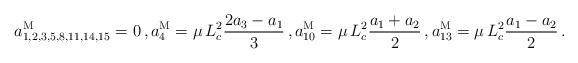
LaTeX: \begin{align*}a^{\rm M}_{1,2,3,5,8,11,14,15} &= 0 \, ,a^{\rm M}_{4} = \mu \, L_c^2 \frac{2a_3-a_1}{3} \, ,a^{\rm M}_{10} = \mu \, L_c^2 \frac{a_1 + a_2}{2} \, ,a^{\rm M}_{13} = \mu \, L_c^2 \frac{a_1 - a_2}{2}\, .\end{align*}